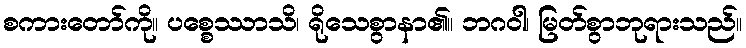
စကားတော်ကို။ ပစ္စေဿာသိ၊ ရိုသေစွာနာ၏။ ဘဂဝါ၊ မြတ်စွာဘုရားသည်။